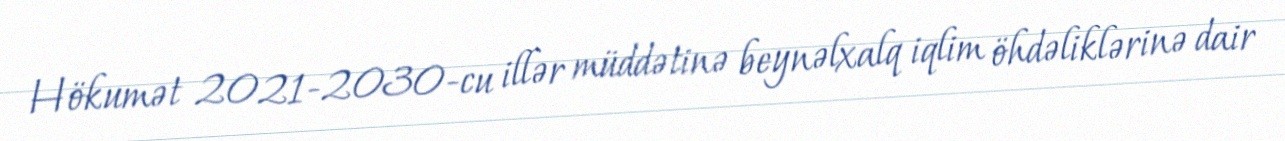
Hökumət 2021-2030-cu illər müddətinə beynəlxalq iqlim öhdəliklərinə dair